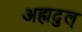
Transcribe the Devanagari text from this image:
अह्मदुल्